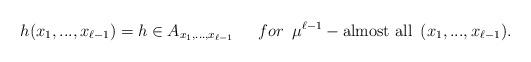
LaTeX: \begin{align*} h(x_1,...,x_{\ell-1})=h\in A_{x_1,...,x_{\ell-1}} \quad\,\,\,{for}\,\,\, \mu^{\ell-1}-\mbox{almost all}\,\,\, (x_1,...,x_{\ell-1}). \end{align*}